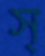
স্